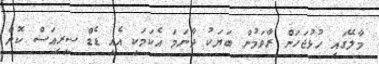
މާލޭގައި ހުޅުޖަހަން ރާވަމުން ބަޔަކު ދާނަމަ އެކަމަކީ އެއީ ޑެޑް ސީރިއަސް ކޮށް